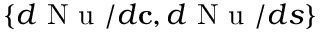
\{ d \mathrm { ~ N ~ u ~ } / d \mathbf { c } , d \mathrm { ~ N ~ u ~ } / d s \}